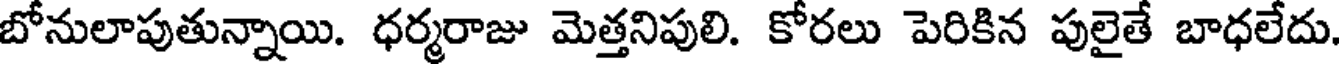
బోనులాపుతున్నాయి. ధర్మరాజు మెత్తనిపులి. కోరలు పెరికిన పులైతే బాధలేదు